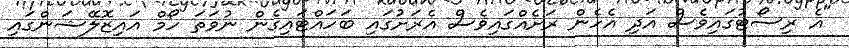
"އެ ރިސޯޓުގައިވެސް އަދި އެހެން ރަށެއްގައިވެސް އެރަށުގައި ބަހައްޓައިގެން ނުވަތަ ހޯމް އައިޒޮލޭޝަންގައި